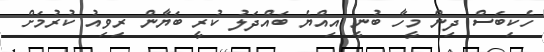
ހެކިބަސް ދިން މީހާ ބުނީ އިއްޔެ ބައްދަލު ކުރީ ބަޔާން ރިވިއު ކުރުމަށް